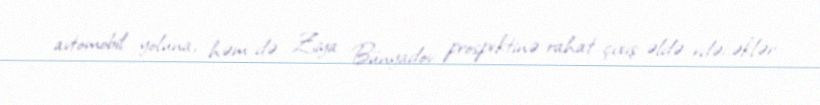
avtomobil yoluna, həm də Ziya Bünyadov prospektinə rahat çıxış əldə edəcəklər.